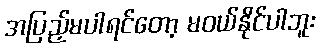
အပြည့်မပါရင်တော့ မဝယ်နိုင်ပါဘူး